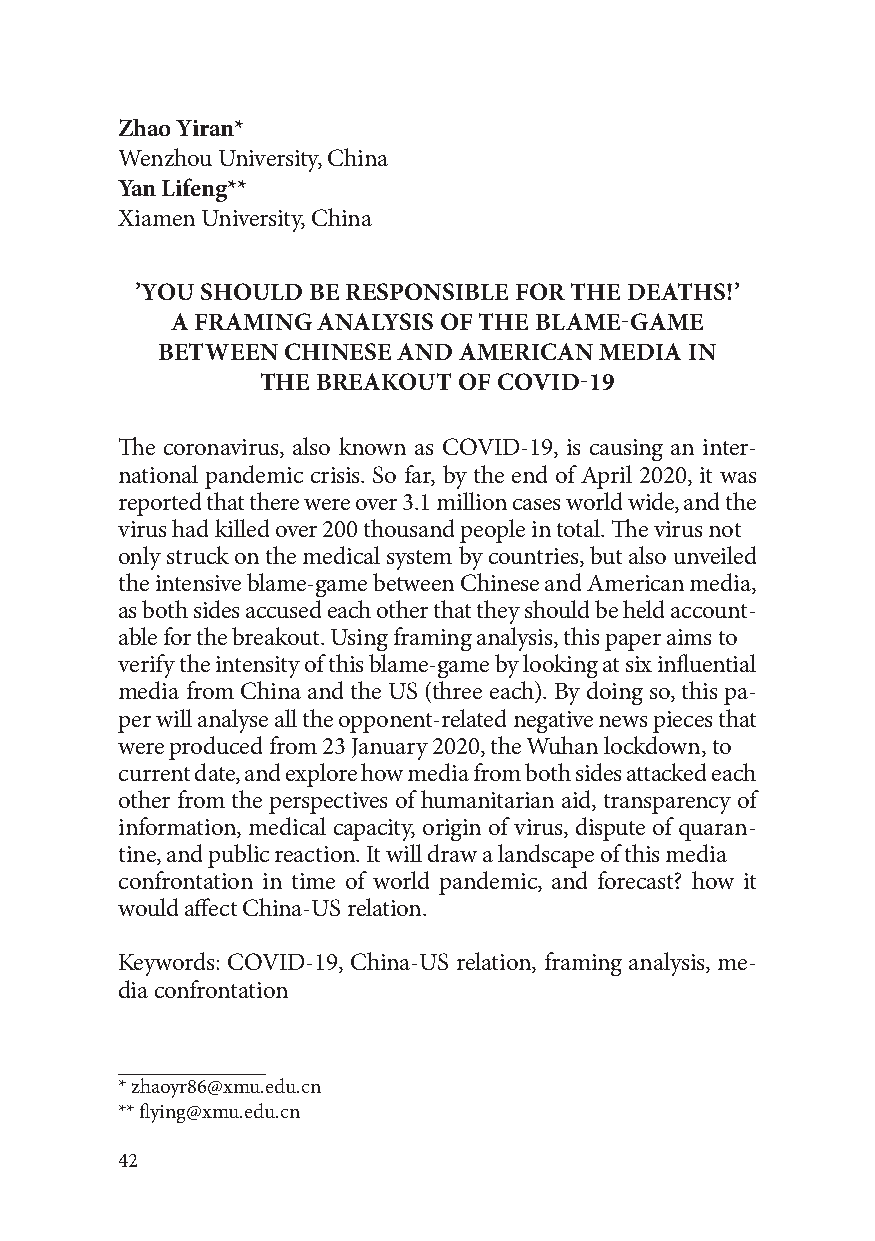
Zhao Yiran*
 Wenzhou University, China
 Yan Lifeng**
 Xiamen University, China
 ’YOU SHOULD BE RESPONSIBLE FOR THE DEATHS!’
 A FRAMING ANALYSIS OF THE BLAME-GAME
 BETWEEN  CHINESE AND AMERICAN MEDIA IN
 THE BREAKOUT OF COVID-19
 The coronavirus, also known as COVID-19, is causing an inter-
 national pandemic crisis. So far, by the end of April 2020, it was
 reported that there were over 3.1 million cases world wide, and the
 virus had killed over 200 thousand people in total. The virus not
 only struck on the medical system by countries, but also unveiled
 the intensive blame-game between Chinese and American media,
 as both sides accused each other that they should be held account-
 able for the breakout. Using framing analysis, this paper aims to
 verify the intensity of this blame-game by looking at six influential
 media from China and the US (three each). By doing so, this pa-
 per will analyse all the opponent-related negative news pieces that
 were produced from 23 January 2020, the Wuhan lockdown, to
 current date, and explore how media from both sides attacked each
 other from the perspectives of humanitarian aid, transparency of
 information, medical capacity, origin of virus, dispute of quaran-
 tine, and public reaction. It will draw a landscape of this media
 confrontation in time of world pandemic, and forecast? how it
 would affect China-US relation.
 Keywords: COVID-19, China-US relation, framing analysis, me-
 dia confrontation
 * zhaoyr86@xmu.edu.cn
 ** flying@xmu.edu.cn
 42